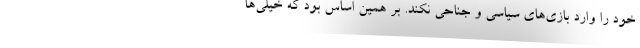
خود را وارد بازی‌های سیاسی و جناحی نکند. بر همین اساس بود که خیلی‌ها